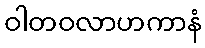
ဝါတဝလာဟကာနံ